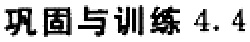
巩固与训练 4.4